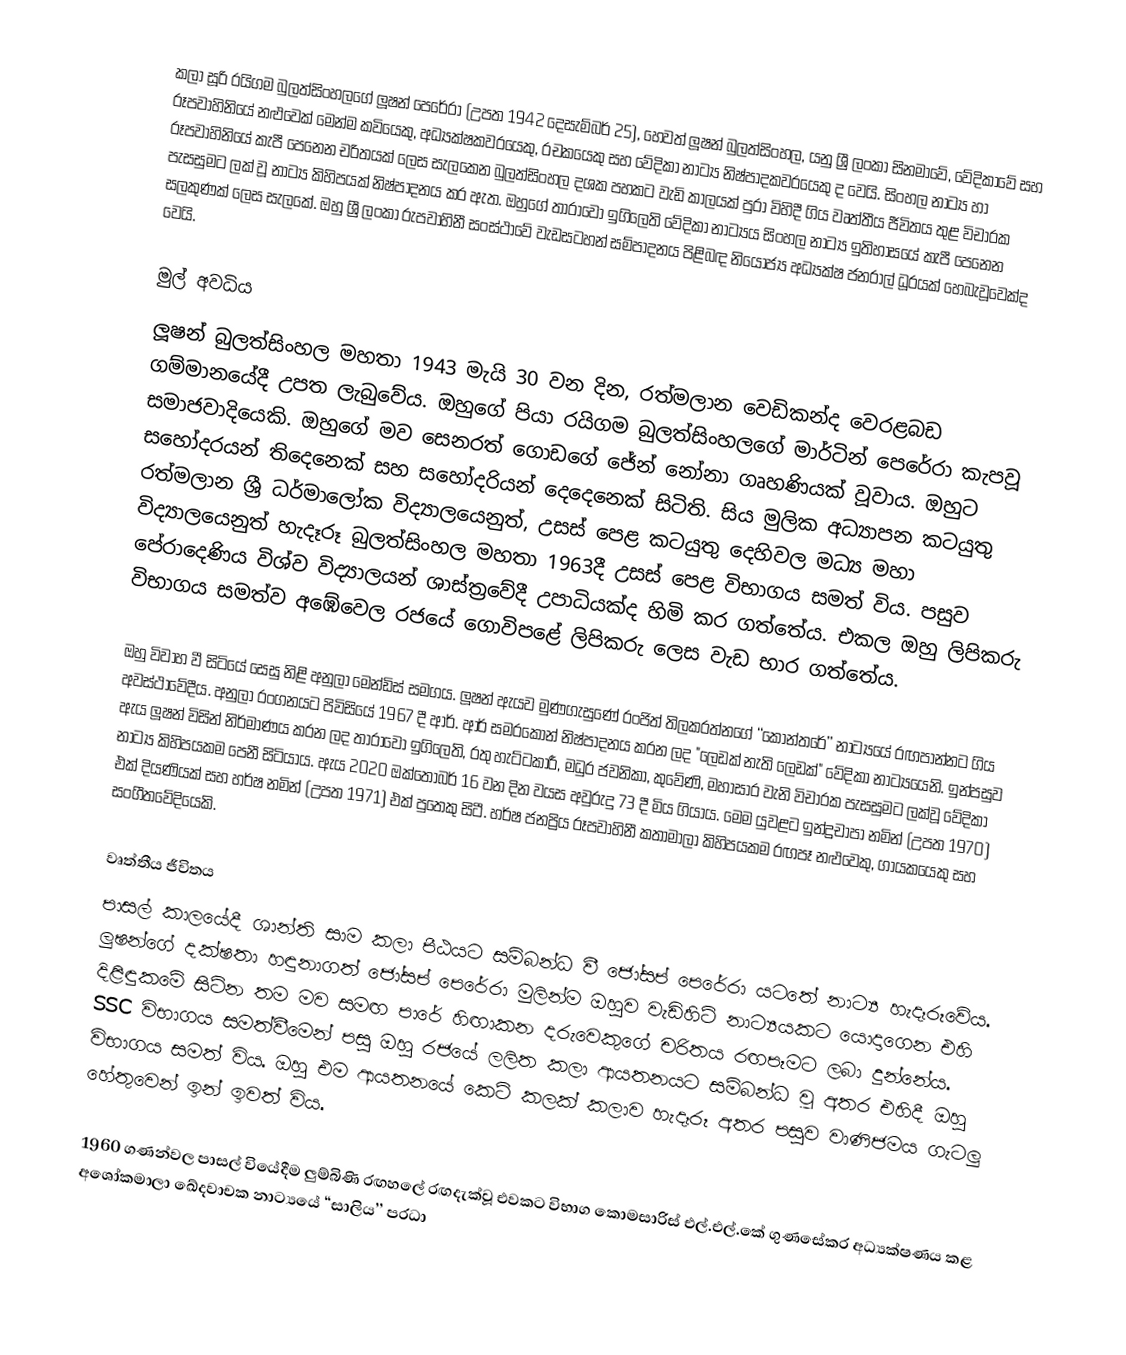
කලා සූරි රයිගම බුලත්සිංහලගේ ලූෂන් පෙරේරා (උපත 1942 දෙසැම්බර් 25), හෙවත් ලූෂන් බුලත්සිංහල, යනු ශ්‍රී ලංකා සිනමාවේ, වේදිකාවේ සහ රූපවාහිනියේ නළුවෙක් මෙන්ම කවියෙකු, අධ්‍යක්ෂකවරයෙකු, රචකයෙකු සහ වේදිකා නාට්‍ය නිෂ්පාදකවරයෙකු ද වෙයි. සිංහල නාට්‍ය හා රූපවාහිනියේ කැපී පෙනෙන චරිතයක් ලෙස සැලකෙන බුලත්සිංහල දශක පහකට වැඩි කාලයක් පුරා විහිදී ගිය වෘත්තීය ජීවිතය තුළ විචාරක පැසසුමට ලක් වූ නාට්‍ය කිහිපයක් නිෂ්පාදනය කර ඇත. ඔහුගේ තාරාවෝ ඉගිලෙති වේදිකා නාට්‍යය සිංහල නාට්‍ය ඉතිහාසයේ කැපී පෙනෙන සලකුණක් ලෙස සැලකේ. ඔහු ශ්‍රී ලංකා රුපවාහිනී සංස්ථාවේ වැඩසටහන් සම්පාදනය පිළිබඳ නියෝජ්‍ය අධ්‍යක්ෂ ජනරාල් ධූරයක් හෙබැවූවෙක්ද වෙයි.

මුල් අවධිය
ලූෂන් බුලත්සිංහල මහතා 1943 මැයි 30 වන දින, රත්මලාන වෙඩිකන්ද වෙරළබඩ ගම්මානයේදී උපත ලැබුවේය. ඔහුගේ පියා රයිගම බුලත්සිංහලගේ මාර්ටින් පෙරේරා කැපවූ සමාජවාදියෙකි. ඔහුගේ මව සෙනරත් ගොඩගේ ජේන් නෝනා ගෘහණියක් වූවාය. ඔහුට සහෝදරයන් තිදෙනෙක් සහ සහෝදරියන් දෙදෙනෙක් සිටිති. සිය මුලික අධ්‍යාපන කටයුතු රත්මලාන ශ්‍රී ධර්මාලෝක විද්‍යාලයෙනුත්, උසස් පෙළ කටයුතු දෙහිවල මධ්‍ය මහා විද්‍යාලයෙනුත් හැදෑරූ බුලත්සිංහල මහතා 1963දී උසස් පෙළ විභාගය සමත් විය. පසුව පේරාදෙණිය විශ්ව විද්‍යාලයන් ශාස්ත්‍රවේදී උපාධියක්ද හිමි කර ගත්තේය. එකල ඔහු ලිපිකරු විභාගය සමත්ව අඹේවෙල රජයේ ගොවිපළේ ලිපිකරු ලෙස වැඩ භාර ගත්තේය.

ඔහු විවාහ වී සිටියේ සෙසු නිළි අනුලා මෙන්ඩිස් සමගය. ලූෂන් ඇයව මුණගැසුණේ රංජිත් තිලකරත්නගේ ‘‘කෝන්තරේ’’ නාට්‍යයේ රඟපාන්නට ගිය අවස්ථාවේදීය. අනුලා රංගනයට පිවිසියේ 1967 දී ආර්. ආර් සමරකෝන් නිෂ්පාදනය කරන ලද "ලෙඩක් නැති ලෙඩක්" වේදිකා නාට්‍යයෙනි. ඉන්පසුව ඇය ලූෂන් විසින් නිර්මාණය කරන ලද තාරාවෝ ඉගිලෙති, රතු හැට්ටකාරී, මධුර ජවනිකා, කුවේණි, මහාසාර වැනි විචාරක පැසසුමට ලක්වූ වේදිකා නාට්‍ය කිහිපයකම පෙනී සිටියාය. ඇය 2020 ඔක්තෝබර් 16 වන දින වයස අවුරුදු 73 දී මිය ගියාය. මෙම යුවළට ඉන්ද්‍රචාපා නමින් (උපත 1970) එක් දියණියක් සහ හර්ෂ නමින් (උපත 1971) එක් පුතෙකු සිටී. හර්ෂ ජනප්‍රිය රූපවාහිනී කතාමාලා කිහිපයකම රඟපෑ නළුවෙකු, ගායකයෙකු සහ සංගීතවේදියෙකි.

වෘත්තීය ජීවිතය
පාසල් කාලයේදී ශාන්ති සාම කලා පීඨයට සම්බන්ධ වී ජෝසප් පෙරේරා යටතේ නාට්‍ය හැදෑරූවේය. ලුෂන්ගේ දක්ෂතා හඳුනාගත් ජෝසප් පෙරේරා මුලින්ම ඔහුව වැඩිහිටි නාට්‍යයකට යොදාගෙන එහි දිළිඳුකමේ සිටින තම මව සමඟ පාරේ හිඟාකන දරුවෙකුගේ චරිතය රඟපෑමට ලබා දුන්නේය. SSC විභාගය සමත්වීමෙන් පසු ඔහු රජයේ ලලිත කලා ආයතනයට සම්බන්ධ වූ අතර එහිදී ඔහු විභාගය සමත් විය. ඔහු එම ආයතනයේ කෙටි කලක් කලාව හැදෑරූ අතර පසුව වාණිජමය ගැටලු හේතුවෙන් ඉන් ඉවත් විය.

1960 ගණන්වල පාසල් වියේදීම ලුම්බිණි රඟහලේ රඟදැක්වූ එවකට විභාග කොමසාරිස් එල්.එල්.කේ ගුණසේකර අධ්‍යක්ෂණය කළ අශෝකමාලා ඛේදවාචක නාට්‍යයේ ‘‘සාලිය’’ ප‍්‍රධා